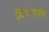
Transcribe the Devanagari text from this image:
श्रियांशदेव